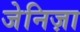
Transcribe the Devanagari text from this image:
जेनिज़ा